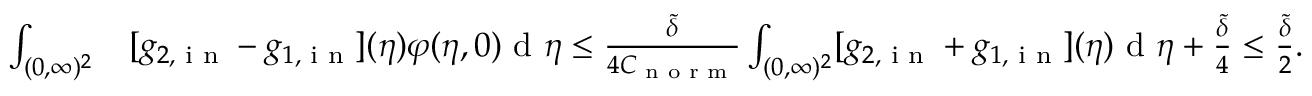
\begin{array} { r l } { \int _ { ( 0 , \infty ) ^ { 2 } } } & { [ g _ { 2 , \textup { i n } } - g _ { 1 , \textup { i n } } ] ( \eta ) \varphi ( \eta , 0 ) \textup { d } \eta \leq \frac { \tilde { \delta } } { 4 C _ { \textup { n o r m } } } \int _ { ( 0 , \infty ) ^ { 2 } } [ g _ { 2 , \textup { i n } } + g _ { 1 , \textup { i n } } ] ( \eta ) \textup { d } \eta + \frac { \tilde { \delta } } { 4 } \leq \frac { \tilde { \delta } } { 2 } . } \end{array}